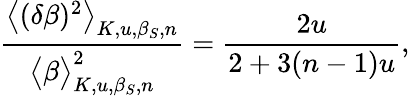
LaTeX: \frac{\big<(\delta\beta)^{2}\big>_{K,u,\beta_{S},n}}{\big<\beta\big>_{K,u,\beta_{S},n}^{2}}=\frac{2u}{2+3(n-1)u},